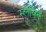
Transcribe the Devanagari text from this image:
स्लेविन